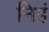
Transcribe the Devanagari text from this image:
निहं